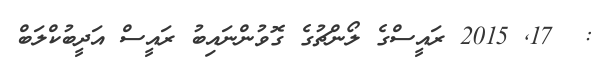
:  17